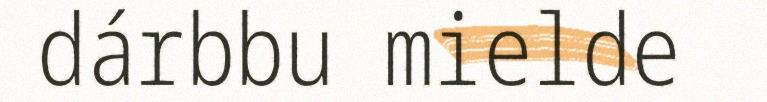
dárbbu mielde